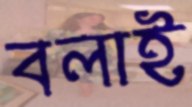
বলাই